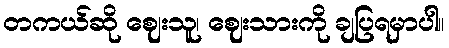
တကယ်ဆို ဈေးသူ၊ ဈေးသားကို ချပြရမှာပါ။